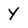
Character: Y